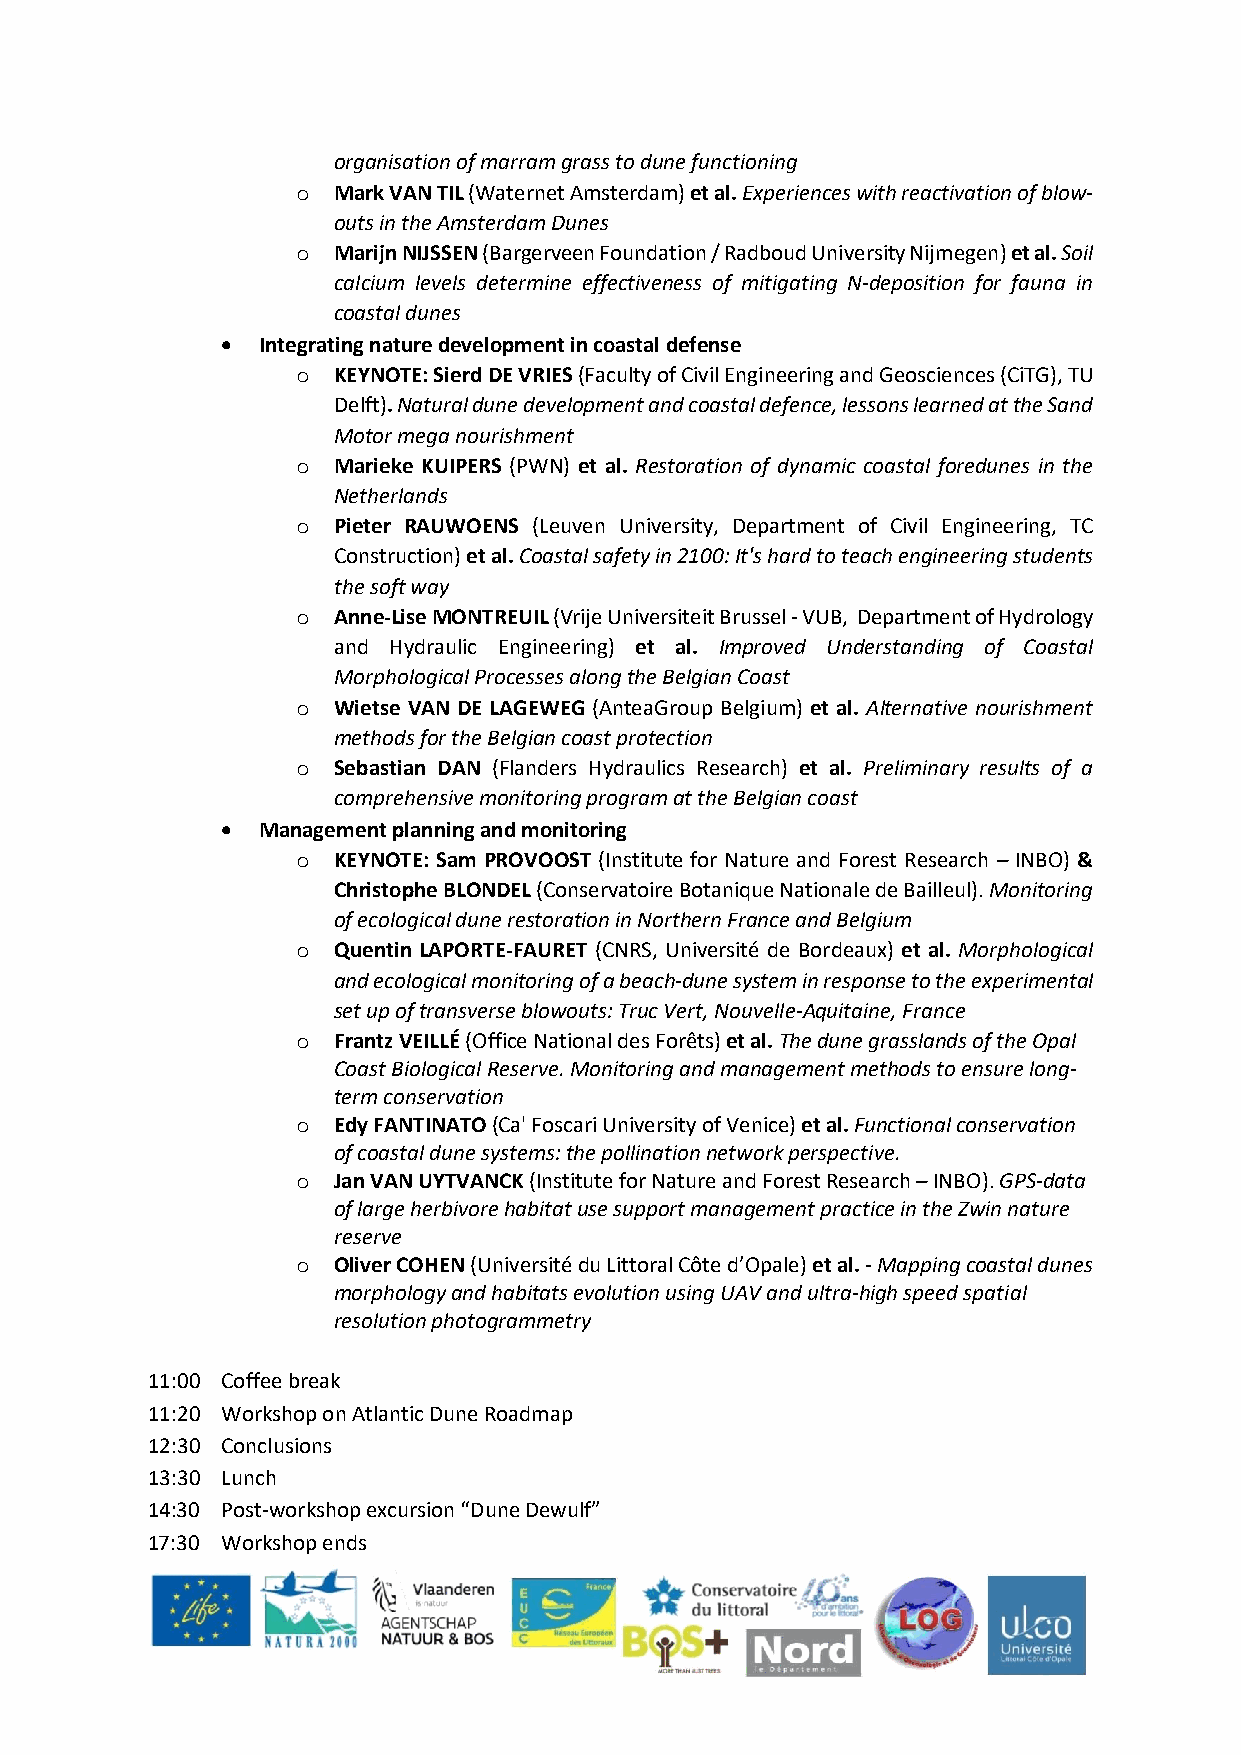
organisation of marram grass to dune functioning
 o Mark VAN TIL (Waternet Amsterdam) et al. Experiences with reactivation of blow-
 outs in the Amsterdam Dunes
 o Marijn NIJSSEN (Bargerveen Foundation / Radboud University Nijmegen) et al. Soil
 calcium levels determine effectiveness of mitigating N-deposition for fauna in
 coastal dunes
  Integrating nature development in coastal defense
 o KEYNOTE: Sierd DE VRIES (Faculty of Civil Engineering and Geosciences (CiTG), TU
 Delft). Natural dune development and coastal defence, lessons learned at the Sand
 Motor mega nourishment
 o Marieke KUIPERS (PWN) et al. Restoration of dynamic coastal foredunes in the
 Netherlands
 o Pieter RAUWOENS (Leuven University, Department of Civil Engineering, TC
 Construction) et al. Coastal safety in 2100: It's hard to teach engineering students
 the soft way
 o Anne-Lise MONTREUIL (Vrije Universiteit Brussel - VUB, Department of Hydrology
 and Hydraulic Engineering) et al. Improved Understanding of Coastal
 Morphological Processes along the Belgian Coast
 o Wietse VAN DE LAGEWEG (AnteaGroup Belgium) et al. Alternative nourishment
 methods for the Belgian coast protection
 o Sebastian DAN (Flanders Hydraulics Research) et al. Preliminary results of a
 comprehensive monitoring program at the Belgian coast
  Management planning and monitoring
 o KEYNOTE: Sam PROVOOST (Institute for Nature and Forest Research – INBO) &
 Christophe BLONDEL (Conservatoire Botanique Nationale de Bailleul). Monitoring
 of ecological dune restoration in Northern France and Belgium
 o Quentin LAPORTE-FAURET (CNRS, Université de Bordeaux) et al. Morphological
 and ecological monitoring of a beach-dune system in response to the experimental
 set up of transverse blowouts: Truc Vert, Nouvelle-Aquitaine, France
 o Frantz VEILLÉ (Office National des Forêts) et al. The dune grasslands of the Opal
 Coast Biological Reserve. Monitoring and management methods to ensure long-
 term conservation
 o Edy FANTINATO (Ca' Foscari University of Venice) et al. Functional conservation
 of coastal dune systems: the pollination network perspective.
 o Jan VAN UYTVANCK (Institute for Nature and Forest Research – INBO). GPS-data
 of large herbivore habitat use support management practice in the Zwin nature
 reserve
 o Oliver COHEN (Université du Littoral Côte d’Opale) et al. - Mapping coastal dunes
 morphology and habitats evolution using UAV and ultra-high speed spatial
 resolution photogrammetry
 11:00 Coffee break
 11:20 Workshop on Atlantic Dune Roadmap
 12:30 Conclusions
 13:30 Lunch
 14:30 Post-workshop excursion “Dune Dewulf”
 17:30 Workshop ends